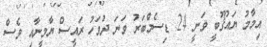
އިމާމު ޔައުޤޫބީ ވަނީ 24 ޑިސެމްބަރު ވަނަ ދުވަހު ރައީސް ޔާމީނާއި ވެސް